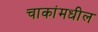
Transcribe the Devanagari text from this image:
चाकांमधील